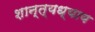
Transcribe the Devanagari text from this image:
शान्त्यध्याय